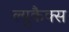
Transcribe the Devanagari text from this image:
ल्युकैक्स